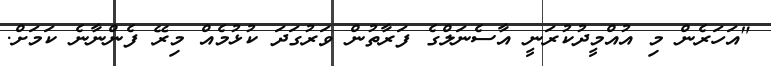
"އަހަރެން މި އުއްމީދުކުރަނީ އާސެނަލްގެ ފަރާތުން ވަރުގަދަ ކުޅުމެއް މިރޭ ފެންނާނެ ކަމަށް.